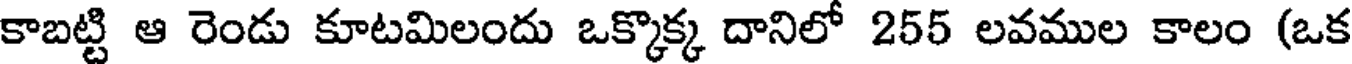
కాబట్టి ఆ రెండు కూటమిలందు ఒక్కొక్క దానిలో 255 లవముల కాలం (ఒక